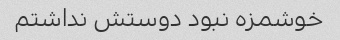
خوشمزه نبود دوستش نداشتم